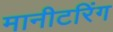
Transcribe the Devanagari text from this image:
मानीटरिंग